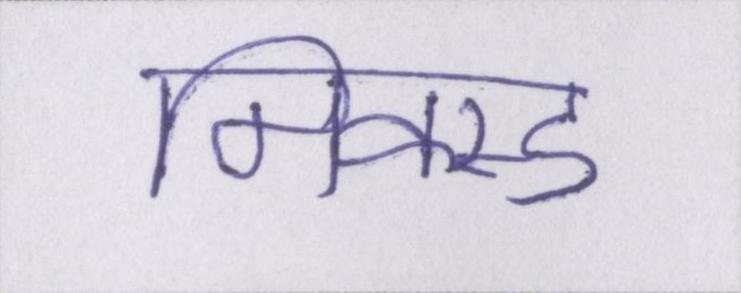
मिक्स्ड